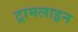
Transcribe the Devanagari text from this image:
ट्रामलाइन